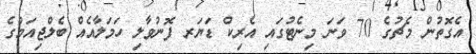
އެގޮތުން މެޗުގެ 70 ވަނަ މިނެޓުގައި އެރިކް ޑަޔަރ ފޮނުވާލި ހަމަލާއެއް ބެލްޖިއަމްގެ